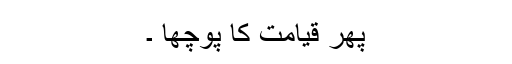
پھر قیامت کا پوچھا ۔